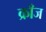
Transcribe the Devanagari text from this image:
क्राँज